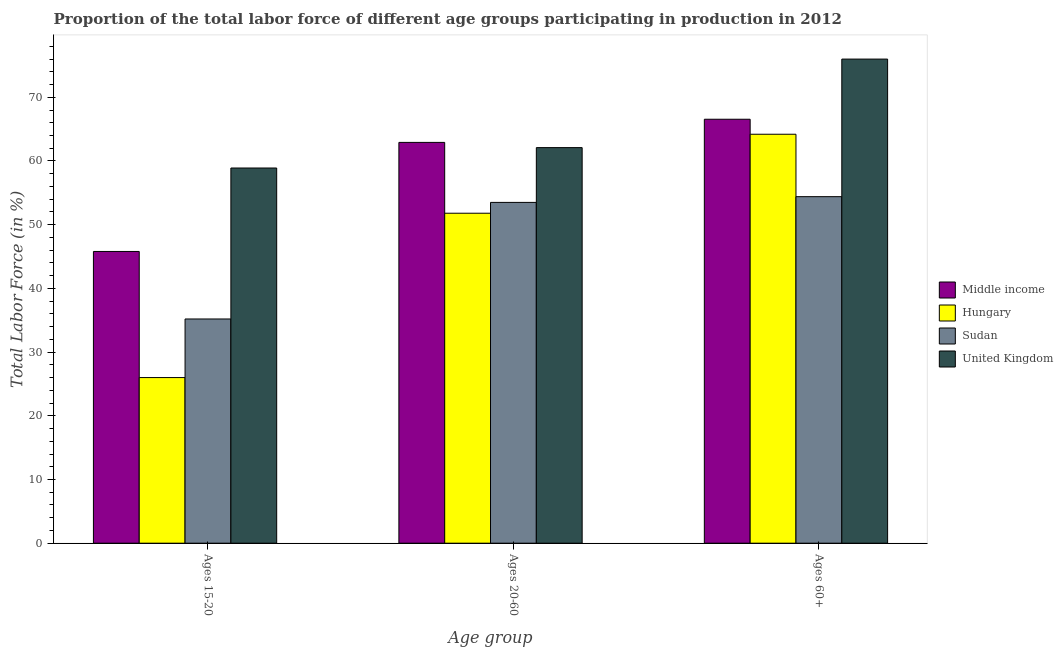
| Age group | Middle income | Hungary | Sudan | United Kingdom |
 | --- | --- | --- | --- | --- |
 | Ages 15-20 | 45.8 | 26 | 35.2 | 58.9 |
 | Ages 20-60 | 62.9 | 51.8 | 53.5 | 62.1 |
 | Ages 60+ | 66.6 | 64.2 | 54.4 | 76 |